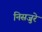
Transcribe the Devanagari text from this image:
निसजुरे